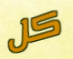
كل